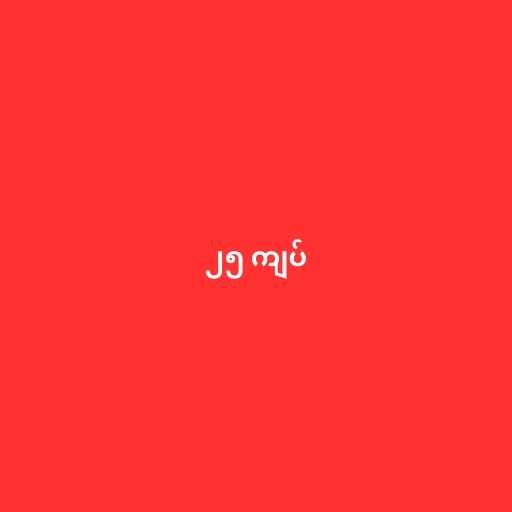
၂၅ ကျပ်